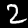
Label: 2